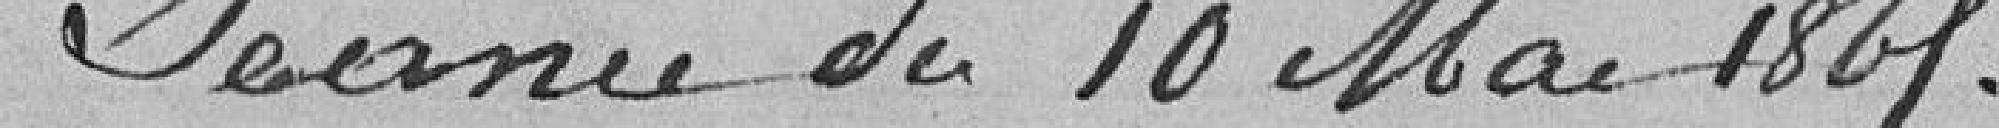
Séance du 19 mai 1865.